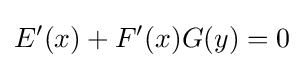
E'(x)+F'(x)G(y)=0